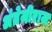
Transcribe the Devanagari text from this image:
अंग्रेजीराज